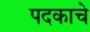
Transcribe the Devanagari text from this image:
पदकाचे